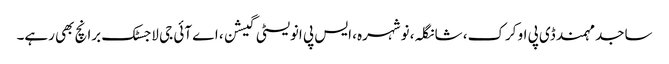
ساجد مہمند ڈی پی او کرک، شانگلہ، نوشہرہ، ایس پی انویسٹی گیشن، اے آئی جی لاجسٹک برانچ بھی رہے۔